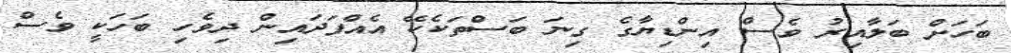
ބަހަށް ބަލާއިރު ވެސް އިންޑިޔާގެ ގިނަ ބަސްތަކެކޭ އެއްފަދައިން ދިވެހި ބަހަކީ ވެސް